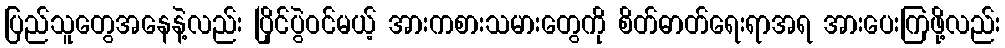
ပြည်သူတွေအနေနဲ့လည်း ပြိုင်ပွဲဝင်မယ့် အားကစားသမားတွေကို စိတ်ဓာတ်ရေးရာအရ အားပေးကြဖို့လည်း